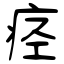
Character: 痉